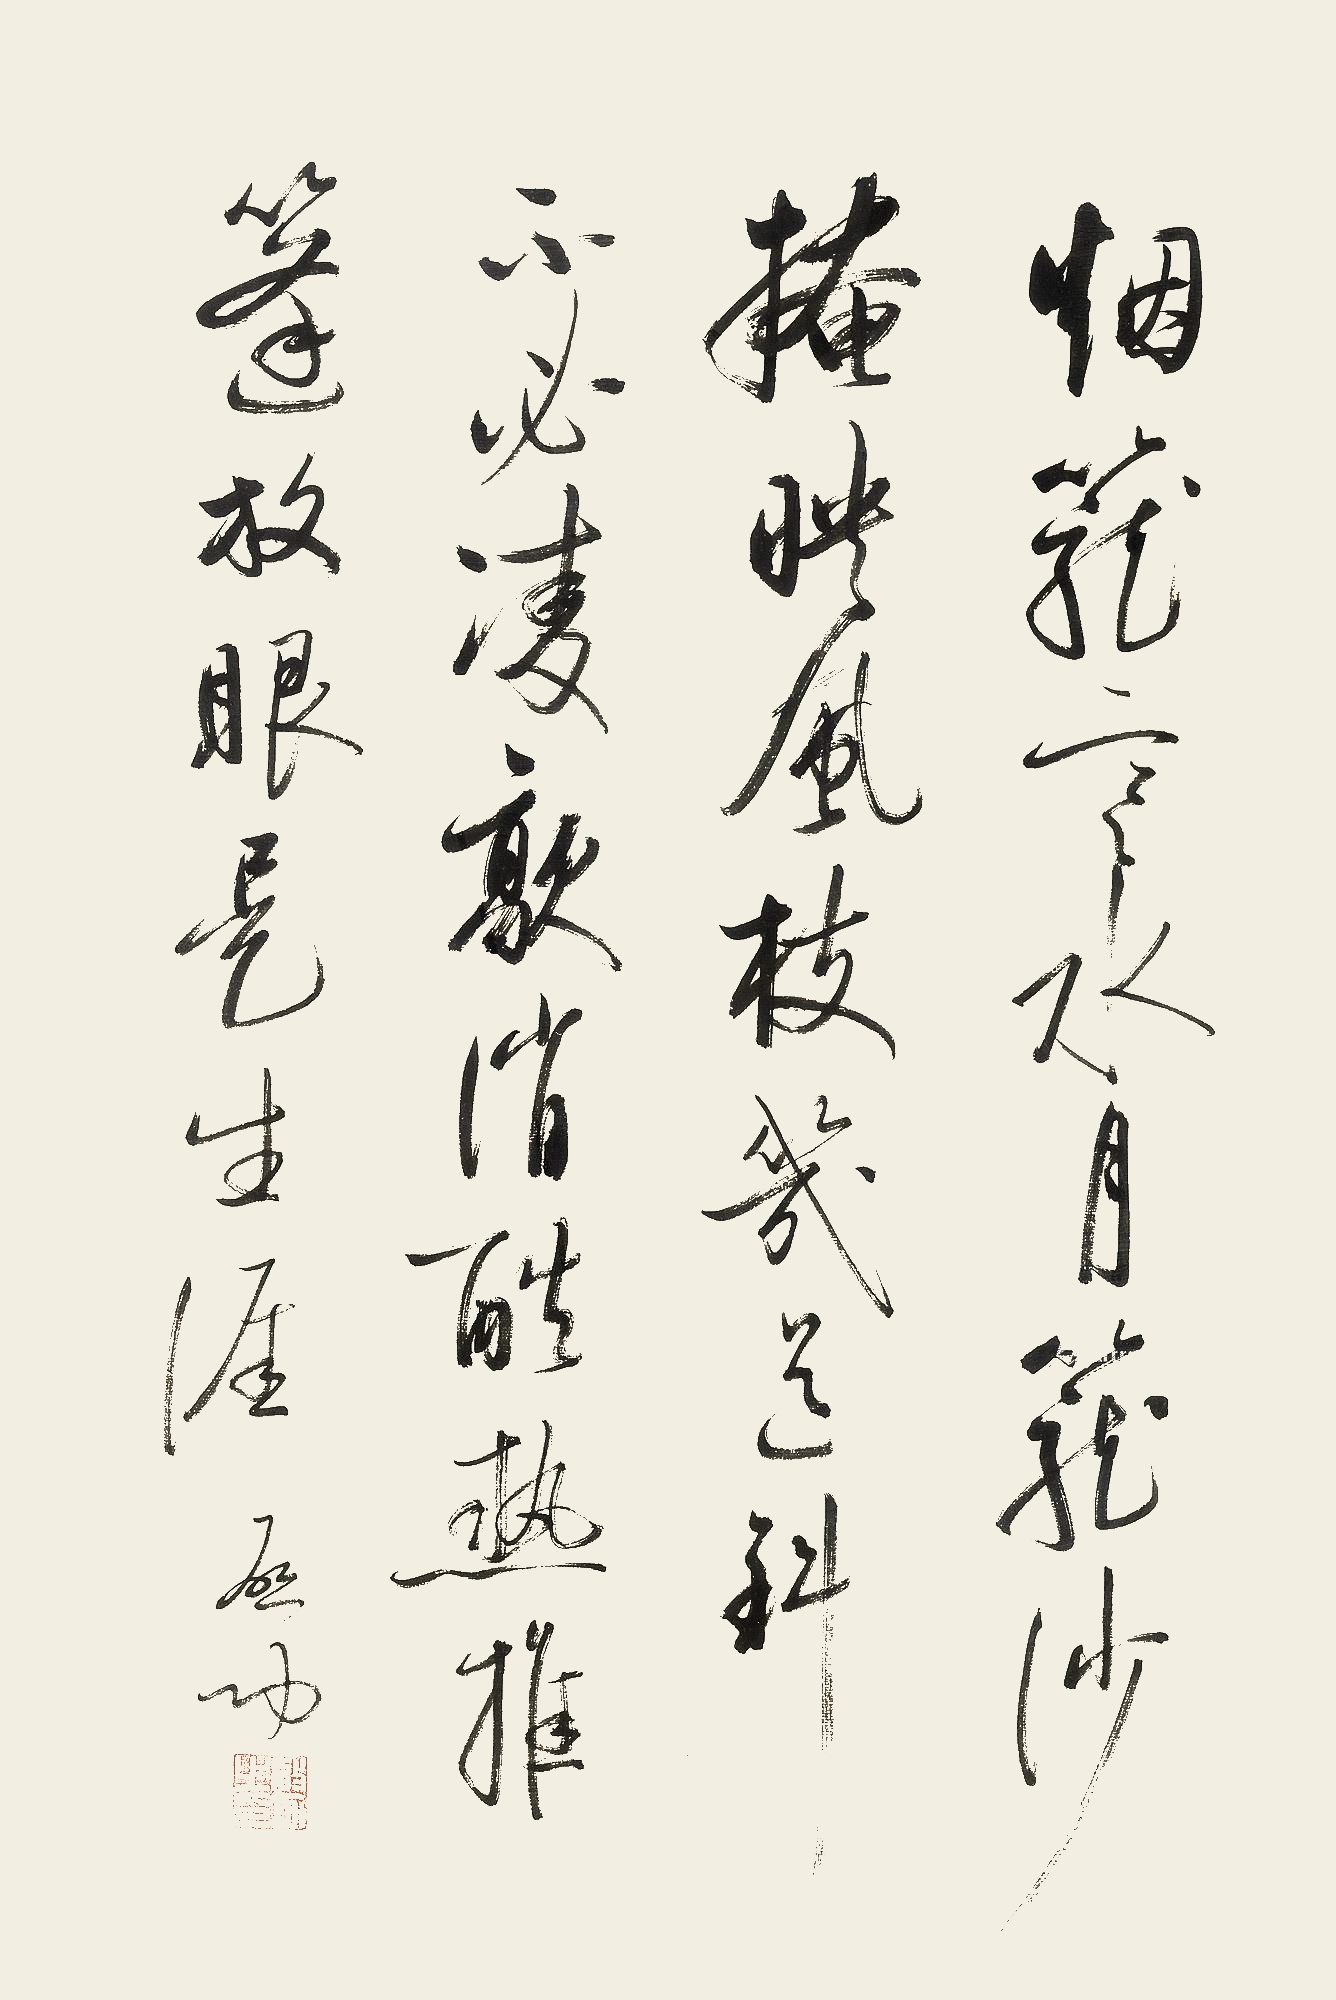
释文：烟笼寒水月笼沙，掩映风枝几道斜。不必凌歊消酷热，推篷放眼是生涯。启功。